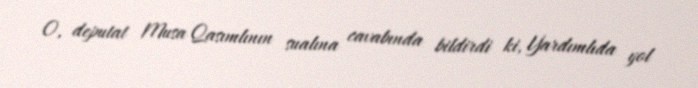
O, deputat Musa Qasımlının sualına cavabında bildirdi ki, Yardımlıda yol